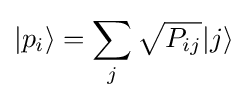
|p_{i}\rangle =\sum _{j}{\sqrt {P_{ij}}}|j\rangle